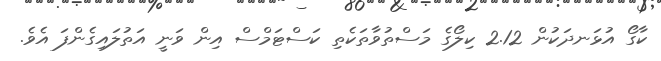
ކާގޯ އުޅަނދަކުން 2.12 ކިލޯގެ މަސްތުވާތަކެތި ކަސްޓަމްސް އިން ވަނީ އަތުލައިގެންފަ އެވެ.